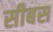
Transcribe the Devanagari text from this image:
सीबस